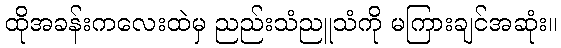
ထိုအခန်းကလေးထဲမှ ညည်းသံညူသံကို မကြားချင်အဆုံး။